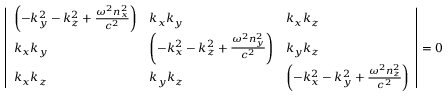
{ \left| \begin{array} { l l l } { \left( - k _ { y } ^ { 2 } - k _ { z } ^ { 2 } + { \frac { \omega ^ { 2 } n _ { x } ^ { 2 } } { c ^ { 2 } } } \right) } & { k _ { x } k _ { y } } & { k _ { x } k _ { z } } \\ { k _ { x } k _ { y } } & { \left( - k _ { x } ^ { 2 } - k _ { z } ^ { 2 } + { \frac { \omega ^ { 2 } n _ { y } ^ { 2 } } { c ^ { 2 } } } \right) } & { k _ { y } k _ { z } } \\ { k _ { x } k _ { z } } & { k _ { y } k _ { z } } & { \left( - k _ { x } ^ { 2 } - k _ { y } ^ { 2 } + { \frac { \omega ^ { 2 } n _ { z } ^ { 2 } } { c ^ { 2 } } } \right) } \end{array} \right| } = 0